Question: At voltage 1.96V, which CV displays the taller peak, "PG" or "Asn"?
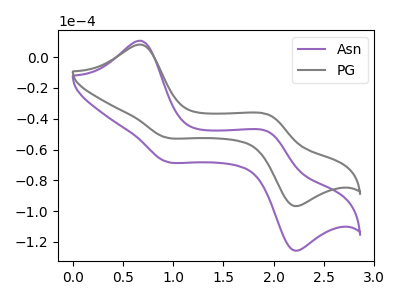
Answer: <think>The purple curve "Asn" has anodic peaks at (0.70V, 10.70uA) (1.95V, -49.05uA) and cathodic peaks at (0.90V, -67.65uA) (2.20V, -125.20uA). The gray curve "PG" has anodic peaks at (0.70V, 8.25uA) (1.95V, -37.75uA) and cathodic peaks at (0.90V, -52.05uA) (2.20V, -96.35uA).</think>
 <answer>The peak at 1.96V is higher in "PG" than in "Asn".</answer>
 <eval>higher</eval>